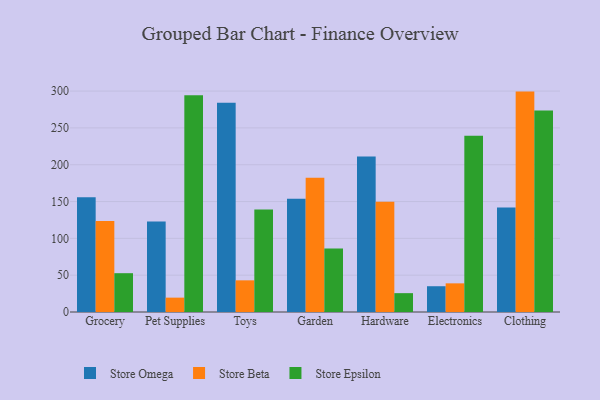
{"axis": {"x": "Category", "y": "Budget (USD K)"}, "legend": ["Store Beta", "Store Epsilon", "Store Omega"], "data": [{"x": "Grocery", "y": 155.9, "type": "Store Omega"}, {"x": "Grocery", "y": 123.6, "type": "Store Beta"}, {"x": "Grocery", "y": 52.7, "type": "Store Epsilon"}, {"x": "Pet Supplies", "y": 122.9, "type": "Store Omega"}, {"x": "Pet Supplies", "y": 19.5, "type": "Store Beta"}, {"x": "Pet Supplies", "y": 294.5, "type": "Store Epsilon"}, {"x": "Toys", "y": 284.1, "type": "Store Omega"}, {"x": "Toys", "y": 43.0, "type": "Store Beta"}, {"x": "Toys", "y": 139.1, "type": "Store Epsilon"}, {"x": "Garden", "y": 153.9, "type": "Store Omega"}, {"x": "Garden", "y": 182.4, "type": "Store Beta"}, {"x": "Garden", "y": 86.2, "type": "Store Epsilon"}, {"x": "Hardware", "y": 211.1, "type": "Store Omega"}, {"x": "Hardware", "y": 149.8, "type": "Store Beta"}, {"x": "Hardware", "y": 25.6, "type": "Store Epsilon"}, {"x": "Electronics", "y": 35.0, "type": "Store Omega"}, {"x": "Electronics", "y": 38.9, "type": "Store Beta"}, {"x": "Electronics", "y": 239.4, "type": "Store Epsilon"}, {"x": "Clothing", "y": 142.0, "type": "Store Omega"}, {"x": "Clothing", "y": 299.3, "type": "Store Beta"}, {"x": "Clothing", "y": 273.8, "type": "Store Epsilon"}]}